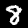
Label: 8